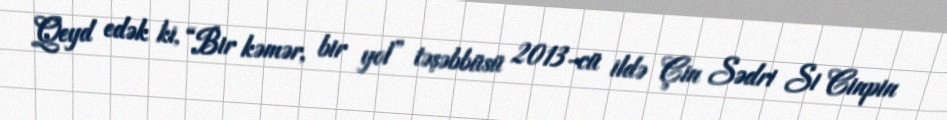
Qeyd edək ki, “Bir kəmər, bir yol” təşəbbüsü 2013-cü ildə Çin Sədri Si Cinpin